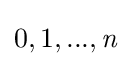
0,1,...,{\mathit {n}}